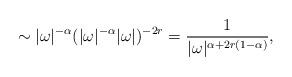
LaTeX: \begin{align*}\sim |\omega |^{-\alpha} (| \omega |^{-\alpha} |\omega |)^{-2r} = \frac{1}{| \omega |^{\alpha + 2r(1-\alpha)}},\end{align*}